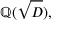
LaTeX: \mathbb { Q } ( { \sqrt { D } } ) ,